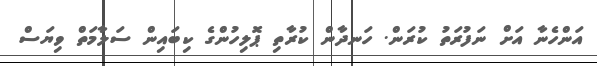
އަންހެނާ އަށް ނަފުރަތު ކުރަން. ހަނދާން ކުރާތި ޕޮލިހުންގެ ކިބައިން ސަލާމަތް ވިޔަސް